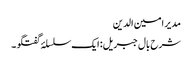
مدیر امین الدین
شرح بال جبریل: ایک سلسلۂ گفتگو ۔